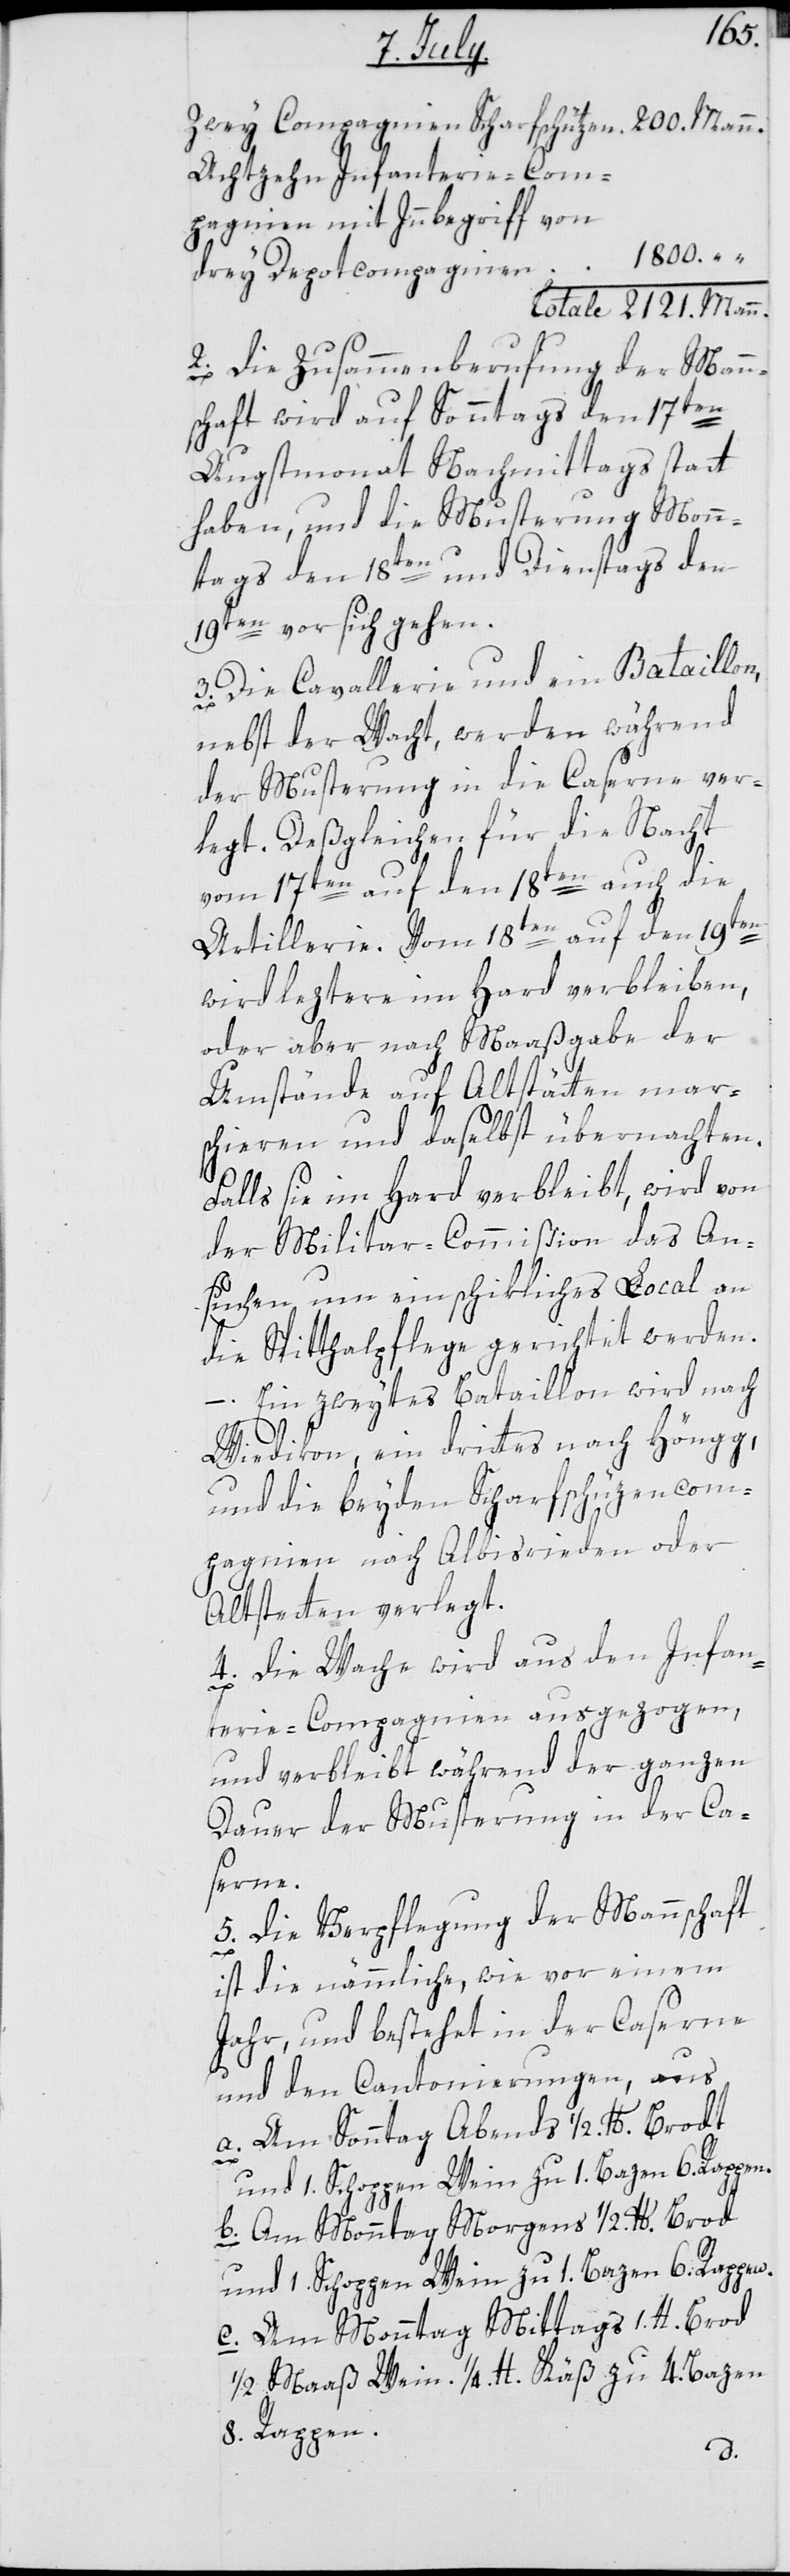
1800.
Achtzehn Infanterie-Com¬
pagnien mit Innbegriff von
drey Depotcompagnien
2. Die Zusammenberufung der Mann¬
schaft wird auf Sonntags den 17ten
Augstmonat Nachmittags statt
haben, und die Musterung Monn¬
tags den 18ten und Dienstags den
19ten vor sich gehen.
3. Die Cavallerie und ein Bataillon,
nebst der Wacht, werden während
der Musterung in die Caserne ver¬
legt. Deßgleichen für die Nacht
vom 17ten auf den 18ten auch die
Artillerie. Vom 18ten auf den 19ten
wird leztere im Hard verbleiben,
oder aber nach Maaßgabe der
Umstände auf Altstätten mars¬
chieren und daselbst übernachten.
Falls sie im Hard verbleibt, wird von
der Militar-Commißion das An¬
suchen um ein schikliches Local an
die Spitthalpflege gerichtet werden.
Ein zweytes Bataillon wird nach
Wiedikon, ein drittes nach Höngg,
und die beyden Scharfschüzen-Com¬
pagnien nach Albisrieden oder
Altstetten verlegt.
4. Die Wache wird aus den Infan¬
terie-Compagnien ausgezogen,
und verbleibt während der ganzen
Dauer der Musterung in der Ca¬
serne.
5. Die Verpflegung der Mannschaft
ist die nämmliche, wie vor einem
Jahr, und bestehet in der Caserne
und den Cantonierungen, aus
a. Am Sonntag Abends 1/2. lb. Brodt
und 1. Schoppen Wein zu 1. Bazen 6. Rappen.
b. Am Monntag Morgens 1/2. lb. Brod
und 1. Schoppen Wein zu 1. Bazen 6. Rappen.
c. Am Monntag Mittags 1. lb. Brod,
1/2. Maaß Wein. 1/4. lb. Käß zu 4. Bazen
8. Rappen.